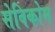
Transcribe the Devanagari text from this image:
सेविकोम